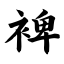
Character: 裨